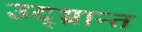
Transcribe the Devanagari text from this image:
उद्‌भ्रान्त